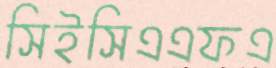
সিইসিএএফএ